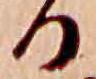
る